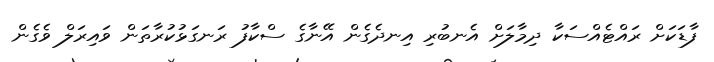
ފާޑަކަށް ރައްޓެއްސަކާ ދިމާލަށް އެނބުރި އިނދެގެން އޭނާގެ ސްކާފު ރަނގަޅުކުރާތަން ވައިރަލް ވެގެން